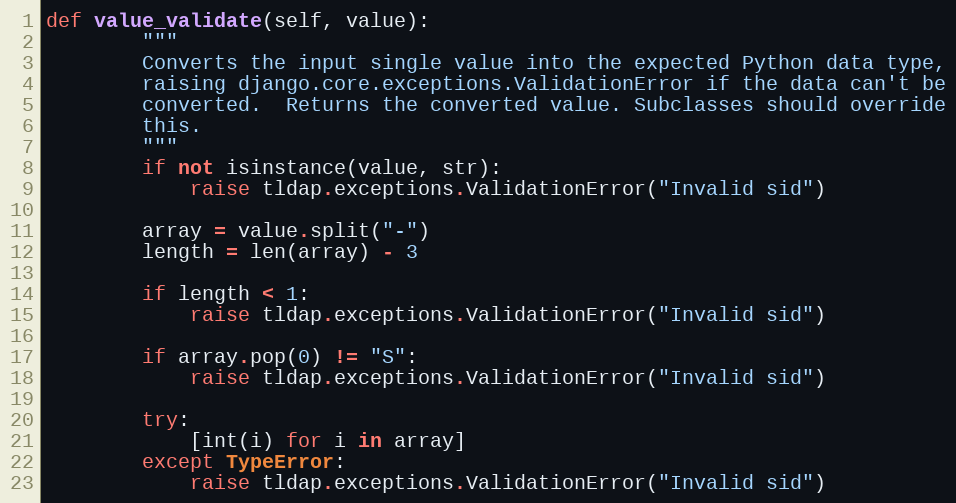
Language: Python
def value_validate(self, value):
        """
        Converts the input single value into the expected Python data type,
        raising django.core.exceptions.ValidationError if the data can't be
        converted.  Returns the converted value. Subclasses should override
        this.
        """
        if not isinstance(value, str):
            raise tldap.exceptions.ValidationError("Invalid sid")

        array = value.split("-")
        length = len(array) - 3

        if length < 1:
            raise tldap.exceptions.ValidationError("Invalid sid")

        if array.pop(0) != "S":
            raise tldap.exceptions.ValidationError("Invalid sid")

        try:
            [int(i) for i in array]
        except TypeError:
            raise tldap.exceptions.ValidationError("Invalid sid")